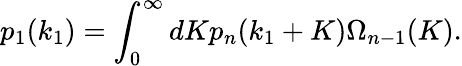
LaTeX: p_{1}(k_{1})=\int_{0}^{\infty}dKp_{n}(k_{1}+K)\Omega_{n-1}(K).